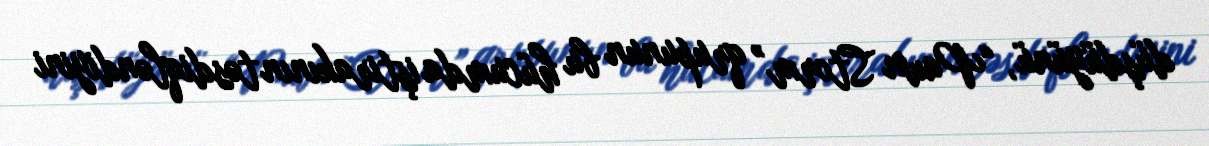
düşdüyünü, “Pawn Storm” qrupunun bu hücumda iştirakının təsdiqləndiyini